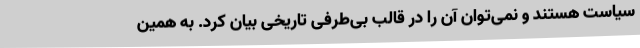
سیاست هستند و نمی‌توان آن را در قالب بی‌طرفی تاریخی بیان کرد. به همین